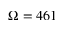
\Omega = 4 6 1